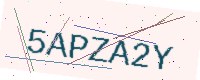
Text: 5APZA2Y